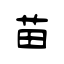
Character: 苗